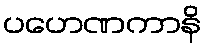
ပဟေဏကာနိ